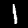
Label: 1